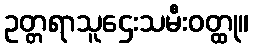
ဥတ္တရာသူဌေးသမီးဝတ္ထု။